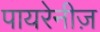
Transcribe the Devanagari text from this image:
पायरेनीज़